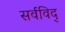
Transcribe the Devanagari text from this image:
सर्वविद्